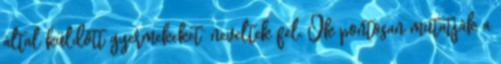
által küldött gyermekeket” neveltek fel. Ők pontosan mutatják a